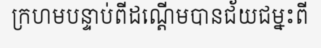
ក្រហមបន្ទាប់ពីដណ្តើមបានជ័យជម្នះពី